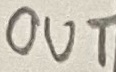
Text: OUT